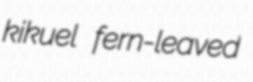
kikuel fern-leaved